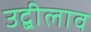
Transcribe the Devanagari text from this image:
उद्बीलाव